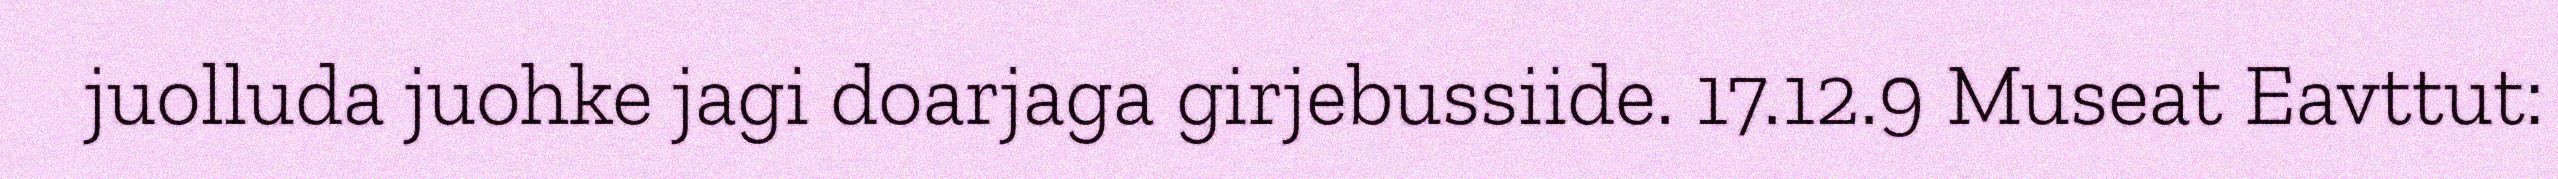
juolluda juohke jagi doarjaga girjebussiide. 17.12.9 Museat Eavttut: